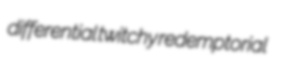
differential twitchy redemptorial